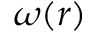
\omega ( r )